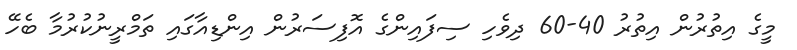
މީގެ އިތުރުން އިތުރު 40-60 ދިވެހި ސިފައިންގެ އޮފިސަރުން އިންޑިއާގައި ތަމްރީނުކުރުމާ ބެހޭ